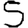
Digit: 5